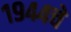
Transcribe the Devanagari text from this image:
१९४४चे